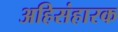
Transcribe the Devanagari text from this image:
अहिसंहारक